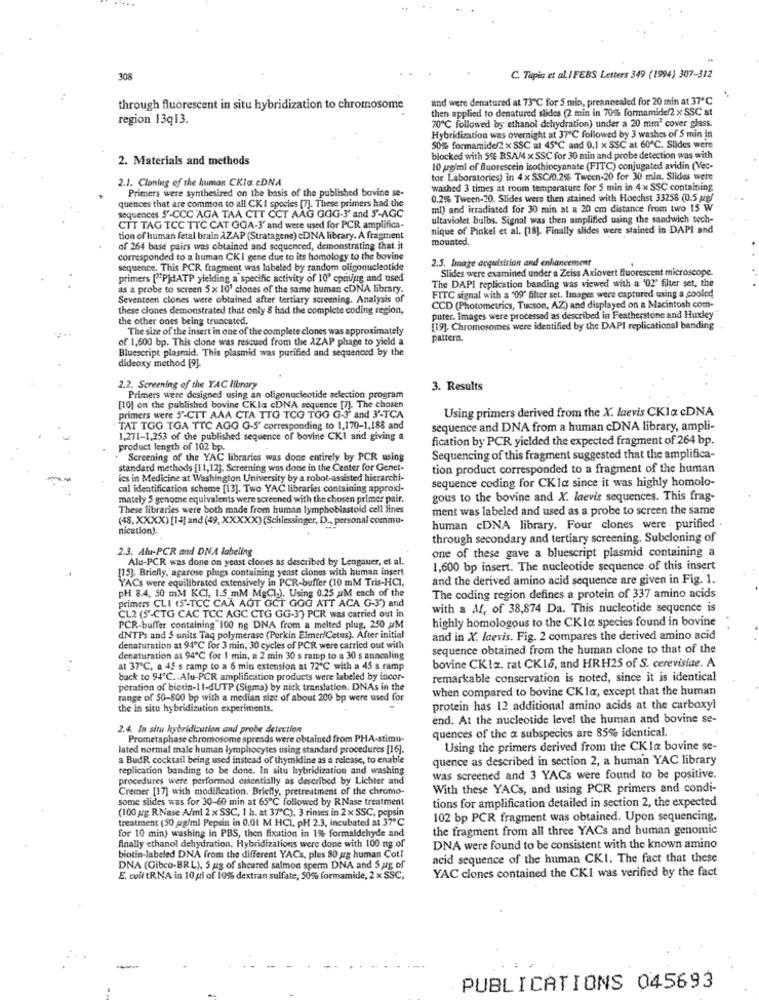
308
C. Tapia et al. I FEBS Letters 349 (1994) 307-312
and were denatured at 73℃ for 5 min, preannealed for 20 min at 37℃
through fluorescent in situ hybridization to chromosome
then applied to denatured slides (2 min in 70% formamide/2 x SSC at
region 13q13.
70℃ followed by ethanol dehydration) under a 20 mm" cover glass.
Hybridization was overnight at 37℃ followed by 3 washes of 5 min in
50% formamide/2 x SSC at 45℃ and 0.1 x SSC at 60℃. Slides were
2. Materials and methods
blocked with 5% BSAM x SSC for 30 min and probe detection was with
10 pg/ml of fluorescein isothiocyanate (FITC) conjugated avidin (Vec-
2.1. Cloning of the human CKia eDNA
tor Laboratories) in 4x SSC/0.2% Tween-20 for 30 min. Slides were
Primers were synthesized on the basis of the published bovine se-
washed 3 times at room temperature for $ min in 4x SSC containing
quences that are common to all CKI species [7]. These primers had the
0.2% Tween-20. Slides were then stained with Hoechst 33258 (0.5 ug/
ml) and irradiated for 30 min at a 20 cm distance from two 15 W
sequences 5'-CCC AGA TAA CTT CCT AAG GGG-3' and 5'-AGC
ultaviolet bulbs. Signal was then amplified using the sandwich tech-
CIT TAG TCC TTC CAT GOA-3' and were used for PCR amplifica-
nique of Pinkel et al. (18). Finally slides were stained in DAPI and
tion of human fetal brain AZAP (Stratagene) cDNA library. A fragment
mounted.
of 264 base pairs was obtained and sequenced, demonstrating that it
corresponded to a human CKI gene due to its homology to the bovine
2.5. Image acquisition and enhancement
sequence. This PCR fragment was labeled by random oligonucleotide
Slides were examined under a Zeiss Axiovert fluorescent microscope.
primers [""PjdATP yielding a specific activity of 10º cpm/ug and used
as a probe to screen 5 x 101 ciones of the same human cDNA library.
The DAPI replication banding was viewed with a '02' filter set, the
Seventeen clones were obtained after tertiary screening. Analysis of
FITC signal with a "09' filter set. Images were captured using a cooled
these clones demonstrated that only 8 had the complete coding region,
CCD (Photometrics, Tucson, AZ) and displayed on a Macintosh com-
the other ones being truncated.
puter. Images were processed as described in Featherstone and Huxley
The size of the insert in one of the complete clones was approximately
[19]. Chromosomes were identified by the DAPI replicational banding
of 1,600 bp. This clone was rescued from the AZAP phage to yield a
pattern.
Bluescript plasmid. This plasmid was purified and sequenced by the
dideoxy method [9].
2.2. Screening of the YAC library
3. Results
Primers were designed using an oligonucleotide selection program
[10] on the published bovine CKla cDNA sequence [7]. The chosen
Using primers derived from the X. laevis CKla cDNA
primers were 5'-CTT AAA CTA TTG TCG TOG G-J' and 3'-TCA
TAT TGG TGA TTC AGG G-S' corresponding to 1,170-1,188 and
sequence and DNA from a human cDNA library, ampli-
1.271-1,253 of the published sequence of bovine CKI and giving a
fication by PCR yielded the expected fragment of 264 bp.
product length of 102 bp.
Screening of the YAC libraries was done entirely by PCR using
Sequencing of this fragment suggested that the amplifica-
standard methods [11, 12]. Screening was done in the Center for Genet-
tion product corresponded to a fragment of the human
ics in Medicine at Washington University by a robot-assisted hierarchi-
sequence coding for CKla since it was highly homolo-
cal identification scheme [13]. Two YAC libraries containing approxi-
mately 5 genome equivalents were screened with the chosen primer pair.
gous to the bovine and X. laevis sequences. This frag-
These libraries were both made from human lymphoblastoid cell lines
ment was labeled and used as a probe to screen the same
(48, XXXX) [14] and (49, XXXXX) (Schlessinger, D ., personal commu-
nication).
human cDNA library. Four clones were . purified .
through secondary and tertiary screening. Subcloning of
2.3. Alu-PCR and DNA labeling
Alu-PCR was done on yeast clones as described by Lengauer, et al.
one of these gave a bluescript plasmid containing a
[15]. Briefly, agarose plugs containing yenst clones with human insert
1,600 bp insert. The nucleotide sequence of this insert
YACs were equilibrated extensively in PCR-buffer (10 mM Tris-HCI,
and the derived amino acid sequence are given in Fig. 1.
pH 8.4, 50 mM KCI, 1.5 mM MgCl), Using 0.25 AM each of the
The coding region defines a protein of 337 amino acids
primers CLI (5'-TCC CAA AGT GCT GOG ATT ACA G-3) and
with a M, of 38,874 Da. This nucleotide sequence is
CL2 (5'-CTG CAC TCC AGC CTG GG-3) PCR was carried out in
highly homologous to the CKla species found in bovine
PCR-buffer containing 100 ng DNA from a melted plug, 250 aM
dNTPs and 5 units Taq polymerase (Porkin Elmer/Cetus). After initial
and in X. laevis. Fig. 2 compares the derived amino acid
denaturation at 94℃ for 3 min, 30 cycles of PCR were carried out with
sequence obtained from the human clone to that of the
denaturation at 94℃ for 1 min, a 2 min 30 s ramp to a 30 s annealing
at 37℃, a 45 s ramp to a 6 min extension at 72℃ with a 45 s ramp
bovine CKIz. rat CKI6, and HRH25 of S. cerevisiae. A
back to 94ª℃ .. Alu-PCR amplification products were labeled by incor-
remarkable conservation is noted, since it is identical
poration of bioun-11-dUTP (Sigma) by nick translation. DNAs in the
when compared to bovine CKla, except that the human
range of 50-800 bp with a median size of about 200 bp were used for
the in situ hybridization experiments.
protein has 12 additional amino acids at the carboxyl
end. At the nucleotide level the human and bovine se-
2.4. In situ hybridization and probe detection
quences of the a subspecies are 85% identical.
Prometaphase chromosome spreads were obtained from PHA-stimn-
lated normal male human lymphocytes using standard procedures [16].
Using the primers derived from the CK la bovine se-
a BudR cocktail being used instead of thymidine as a release, to enable
quence as described in section 2, a human YAC library
replication banding to be done. In situ hybridization and washing
procedures were performed cuientially as described by Lichter and
was screened and 3 YACs were found to be positive.
Cremer [17] with modification. Briefly, pretreatment of the chromo-
With these YACs, and using PCR primers and condi-
some slides was for 30-60 min at 65℃ followed by RNase treatment
tions for amplification detailed in section 2, the expected
(100 grg R.Nase A/ml 2x SSC, 1 h. at 37"℃), 3 rinses in 2 x SSC, pepsin
treatment (50 mg/ml Pepsin in 0.01 M HCI. pH 2.3, incubated at 37℃
102 bp PCR fragment was obtained. Upon sequencing,
for 10 min) washing in PBS, then fixation in 1% formaldehyde and
the fragment from all three YACs and human genomic
finally ethanol dehydration. Hybridizations were done with 100 ng of
DNA were found to be consistent with the known amino
biotin-labeled DNA from the different YACs, plus 80 arg human Cot!
acid sequence of the human CKI. The fact that these
DNA (Gibco-BRL), 5 ug of sheared salmon sperm DNA and 5 jrg of
YAC ciones contained the CKI was verified by the fact
E. coll tRNA in 10 pi of 10% dextran sulfate, 50% formamide, 2 x SSC,
..
PUBLICATIONS 045693